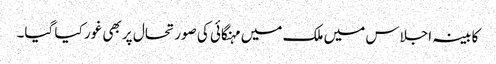
کابینہ اجلاس میں ملک میں مہنگائی کی صورتحال پر بھی غور کیا گیا۔